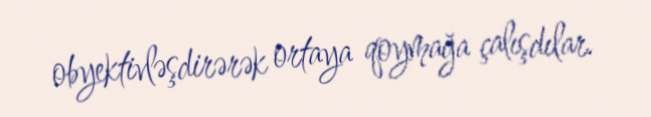
obyektivləşdirərək ortaya qoymağa çalışdılar.